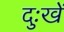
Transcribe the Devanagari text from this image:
दुःखें